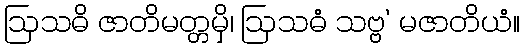
ဩသဓိ ဇာတိမတ္တမှိ၊ ဩသဓံ သဗ္ဗ’ မဇာတိယံ။